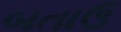
બતાઉ